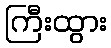
ကြီးထွား